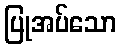
ပြုအပ်သော